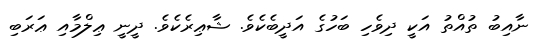
ނާއިބު ތުއްތު އަކީ ދިވެހި ބަހުގެ އަދީބެކެވެ. ޝާޢިރެކެވެ. ދީނީ ޢިލްމާއި ޢަރަބި